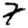
Digit: 7